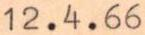
12.4.66